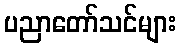
ပညာတော်သင်များ